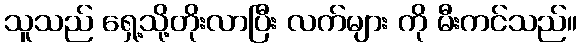
သူသည် ရှေ့သို့တိုးလာပြီး လက်များ ကို မီးကင်သည်။